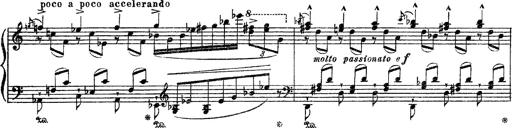
Title: Apparitions
Composer: Franz Liszt